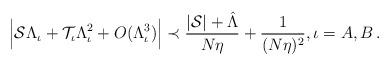
LaTeX: \begin{align*}&\Big|\mathcal{S}\Lambda_\iota+\mathcal{T}_\iota\Lambda_\iota^2+O(\Lambda_\iota^3)\Big|\prec \frac{|\mathcal{S}|+\hat{\Lambda}}{N\eta}+\frac{1}{(N\eta)^2},\iota=A, B\,. \end{align*}